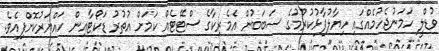
ވުޑްލީ ހަމަނުޖެހުމެއްގައި ހިޔާލުފާޅުކުރުމުގެ ސަބަބުން އެމެރިކާގެ ސްޓޭޓެއް ކަމަށް އުތުރު ޑަކޯޓާއިން ހައްޔަރުކޮށްފިއެވެ.